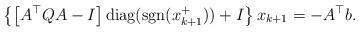
LaTeX: \begin{align*}\left\{\left[A^\top Q A-I\right]\mbox{diag}(\mbox{sgn}(x_{k+1}^+))+I\right\}x_{k+1}=-A^\top b.\end{align*}